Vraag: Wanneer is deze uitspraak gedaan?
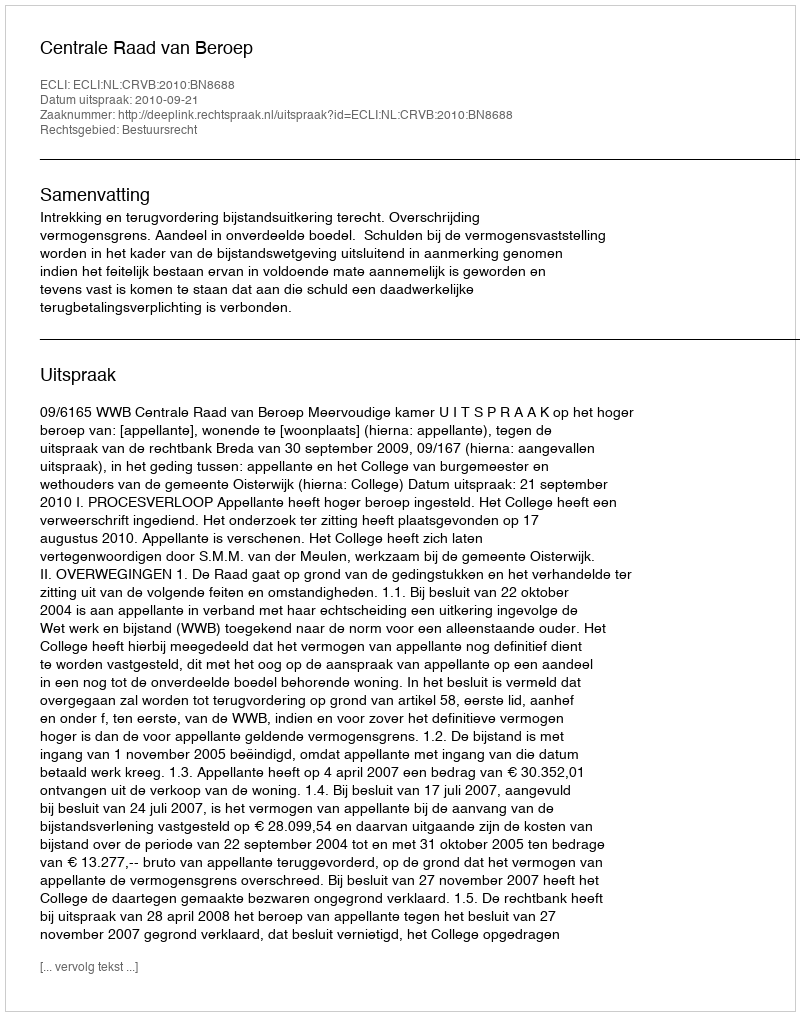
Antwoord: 2010-09-21